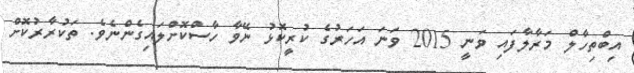
އިބްތިހާލް މަރާލާފައި ވަނީ 2015 ވަނަ އަހަރުގެ ކުރީކޮޅު ނޭވާ ހާސްކޮށްލައިގެންނެވެ. ތަކުރާރުކޮށް